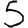
Digit: 5